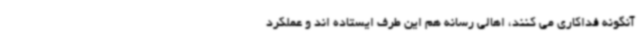
آنگونه فداکاری می کنند، اهالی رسانه هم این طرف ایستاده اند و عملکرد